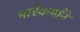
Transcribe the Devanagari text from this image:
मारेकर्यांने